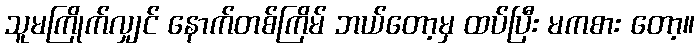
သူမကြိုက်လျှင် နောက်တစ်ကြိမ် ဘယ်တော့မှ ထပ်ပြီး မကစား တော့။